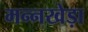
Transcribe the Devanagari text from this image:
मन्नखेड़ा